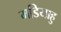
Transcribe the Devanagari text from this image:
मडियाहु